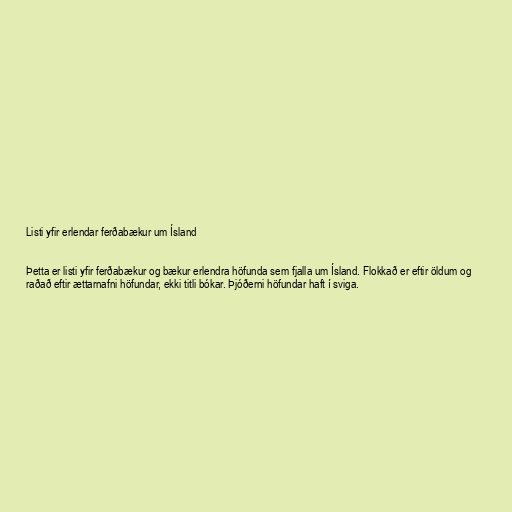
Listi yfir erlendar ferðabækur um Ísland

Þetta er listi yfir ferðabækur og bækur erlendra höfunda sem fjalla um Ísland. Flokkað er eftir öldum og
raðað eftir ættarnafni höfundar, ekki titli bókar. Þjóðerni höfundar haft í sviga.